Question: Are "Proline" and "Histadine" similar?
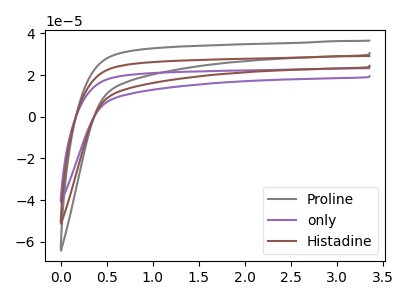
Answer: <think>The gray curve "Proline" has no peaks. The purple curve "only" has no peaks. The brown curve "Histadine" has no peaks.
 Neither "Proline" or "Histadine" have any peaks.</think>
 <answer>"Proline" and "Histadine" are similar in shape.</answer>
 <eval>same_shape</eval>